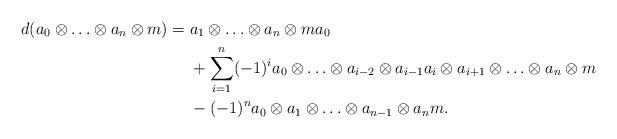
LaTeX: \begin{align*}d(a_0 \otimes \ldots \otimes a_n \otimes m)= {} & a_1 \otimes \ldots \otimes a_n \otimes ma_0 \\&+ \sum_{i=1}^{n} (-1)^{i} a_0 \otimes \ldots \otimes a_{i-2} \otimes a_{i-1} a_i \otimes a_{i+1} \otimes \ldots \otimes a_n \otimes m \\& -(-1)^n a_0 \otimes a_1 \otimes \ldots \otimes a_{n-1} \otimes a_{n}m.\end{align*}